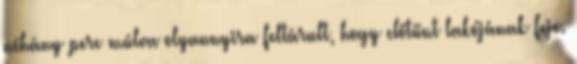
néhány perc múlva olyannyira feltárult, hogy előtűnt lakójának feje.